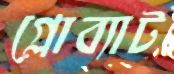
গ্লোব্যাট